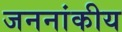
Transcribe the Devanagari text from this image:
जननांकीय